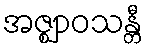
အဇ္ဈာဝသန္တီ